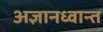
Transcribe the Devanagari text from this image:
अज्ञानध्वान्त